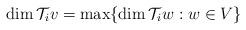
LaTeX: \begin{align*}\dim \mathcal{T}_i v = \max \{\dim \mathcal{T}_i w : w \in V\}\end{align*}